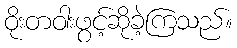
ဝိုးတဝါးဖွင့်ဆိုခဲ့ကြသည်။